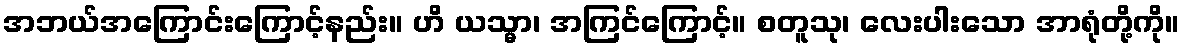
အဘယ်အကြောင်းကြောင့်နည်း။ ဟိ ယသ္မာ၊ အကြင်ကြောင့်။ စတူသု၊ လေးပါးသော အာရုံတို့ကို။